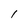
Character: I